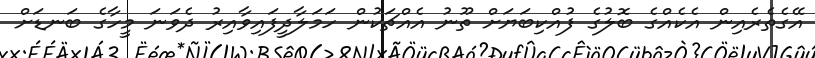
އޭގެތެރެއިން އެކެއްގެ ބޮލުގެ ފުއްކިބަޔަށް ތޫނު އެއްޗަކުން ހަމަލާދީފައިވާއިރު ދެވަނަ މީހާގެ ބަނޑަށް